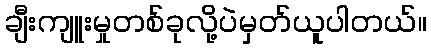
ချီးကျူးမှုတစ်ခုလို့ပဲမှတ်ယူပါတယ်။